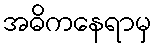
အဓိကနေရာမှ